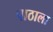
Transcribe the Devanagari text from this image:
पाठाला